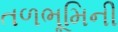
તળભૂમિની